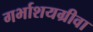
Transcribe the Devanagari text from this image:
गर्भाशयग्रीवा